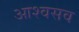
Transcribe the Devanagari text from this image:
आश्वसव